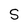
Character: S